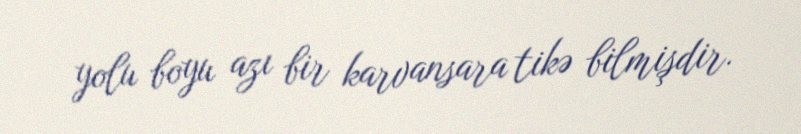
yolu boyu azı bir karvansara tikə bilmişdir.